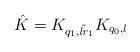
LaTeX: \begin{align*} \hat{K} = K_{q_1, \tilde{\mathit{lr}}_1} K_{q_0,l}\end{align*}